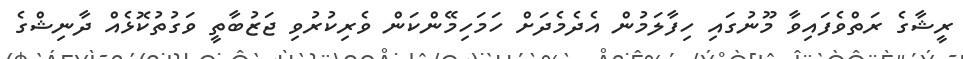
ރީޝާގެ ރަތްވެފައިވާ މޫނުގައި ހިފާލަމުން އެދެމެދަށް ހަމަހިމޭންކަން ވެރިކުރުވި ޖަޒުބާތީ ވަގުތުކޮޅެއް ދާނިޝްގެ